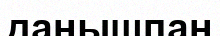
данышпан